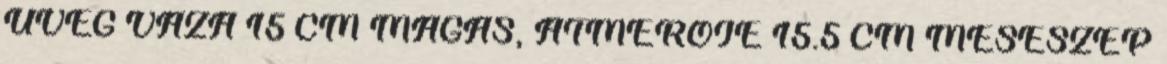
ÜVEG VÁZA 15 CM MAGAS, ÁTMÉRÖJE 15.5 CM MESESZÉP